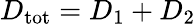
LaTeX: D_{\mathrm{tot}}=D_{1}+D_{2}